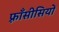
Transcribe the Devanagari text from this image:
फ़्राँसीसियों